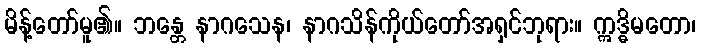
မိန့်တော်မူ၏။ ဘန္တေ နာဂသေန၊ နာဂသိန်ကိုယ်တော်အရှင်ဘုရား။ ဣဒ္ဓိမတော၊